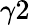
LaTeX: \gamma 2